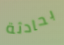
بحادثة